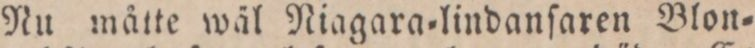
Nu måtte wäl Niagara=lindanſaren Blon=